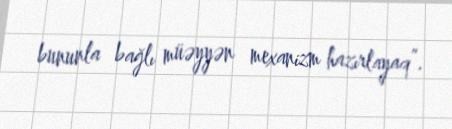
bununla bağlı müəyyən mexanizm hazırlayaq”.